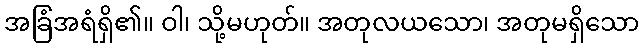
အခြံအရံရှိ၏။ ဝါ၊ သို့မဟုတ်။ အတုလယသော၊ အတုမရှိသော